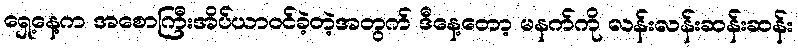
ရှေ့နေ့က အစောကြီးအိပ်ယာ၀င်ခဲ့တဲ့အတွက် ဒီနေ့တော့ မနက်ကို လန်းလန်းဆန်းဆန်း